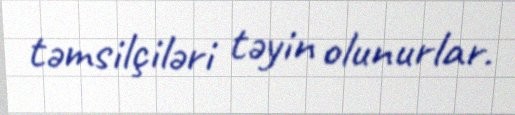
təmsilçiləri təyin olunurlar.